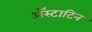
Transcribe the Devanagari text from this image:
अॅस्टाटिन